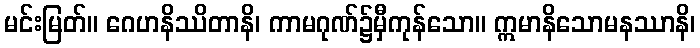
မင်းမြတ်။ ဂေဟနိဿိတာနိ၊ ကာမဂုဏ်၌မှီကုန်သော။ ဣမာနိသောမနဿာနိ၊